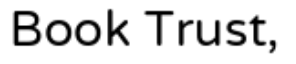
Book Trust,